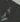
كم